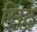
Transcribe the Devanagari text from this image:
सिट्र